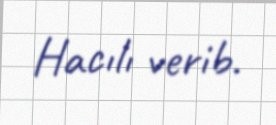
Hacılı verib.